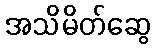
အသိမိတ်ဆွေ